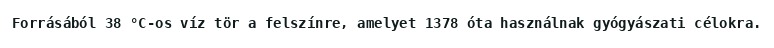
Forrásából 38 °C-os víz tör a felszínre, amelyet 1378 óta használnak gyógyászati célokra.